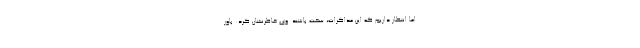
اما انتظار داریم که این مذاکرات، سخت باشند. وی خاطرنشان کرد: باور